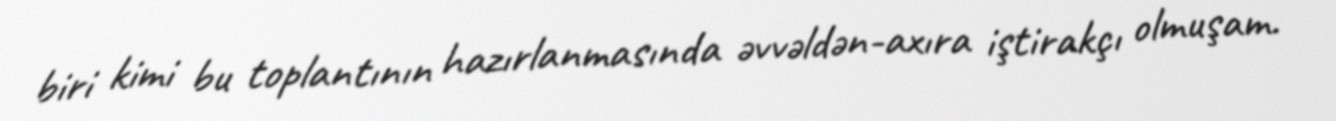
biri kimi bu toplantının hazırlanmasında əvvəldən-axıra iştirakçı olmuşam.